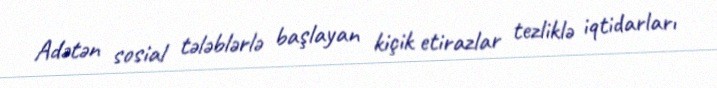
Adətən sosial tələblərlə başlayan kiçik etirazlar tezliklə iqtidarları